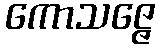
ကောသဇ္ဇေ